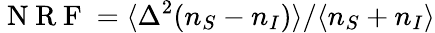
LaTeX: \mathrm{~N~R~F~}=\langle\Delta^{2}(n_{S}-n_{I})\rangle/\langle n_{S}+n_{I}\rangle